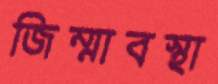
জিম্মাবস্থা